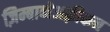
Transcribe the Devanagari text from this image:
ज़िम्बाब्वेअफ़्रीकन